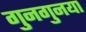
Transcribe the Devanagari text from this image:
गुनगुनया